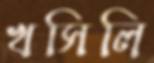
খসিলি